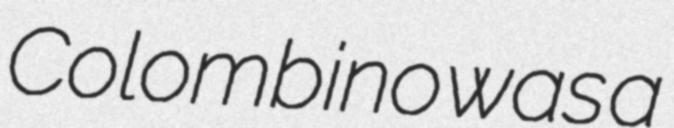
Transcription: Colombino was a